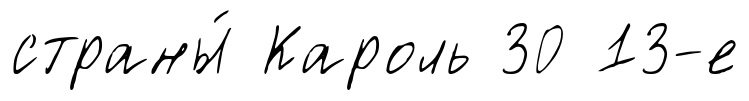
страны́ Кароль 30 13-е